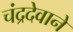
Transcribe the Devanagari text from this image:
चंद्रदेवाने